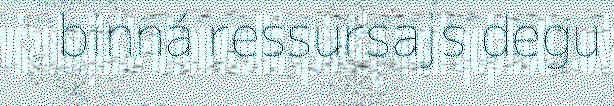
binná ressursajs degu